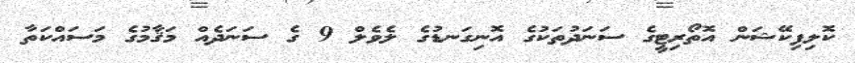
ކޮލިފިކޭޝަން އޮތޯރިޓީގެ ސަނަދުތަކުގެ އޮނިގަނޑުގެ ލެވެލް 9 ގެ ސަނަދެއް މަޤާމުގެ މަސައްކަތާ